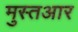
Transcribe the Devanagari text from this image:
मुस्तआर